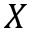
X